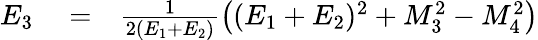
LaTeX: \begin{array}{rlr}{E_{3}}&{{}=}&{\frac{1}{2(E_{1}+E_{2})}\left((E_{1}+E_{2})^{2}+M_{3}^{2}-M_{4}^{2}\right)}\end{array}